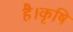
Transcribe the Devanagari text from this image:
है।कृषि